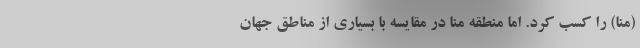
(منا) را کسب کرد. اما منطقه منا در مقایسه با بسیاری از مناطق جهان